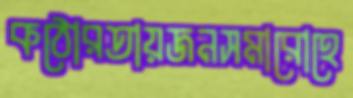
কঠোরতায়জনসমারোহে